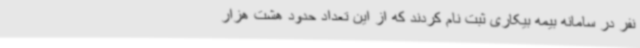
نفر در سامانه بیمه بیکاری ثبت نام کردند که از این تعداد حدود هشت هزار